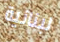
لبنانية